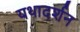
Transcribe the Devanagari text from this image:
यथादर्शन